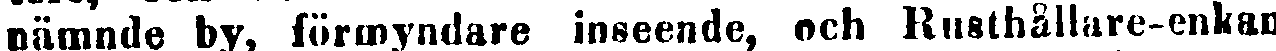
nämnde by, förmyndare inseende, och Rusthållare-enkan